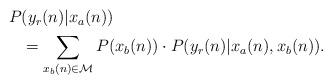
LaTeX: \begin{align*} \begin{aligned}P&(y_r(n)| x_a(n))\\ &= \sum_{x_b(n) \in \mathcal{M}} P(x_b(n)) \cdot P(y_r(n)| {x}_a(n), x_b(n)). \end{aligned}\end{align*}